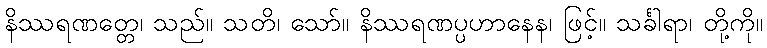
နိဿရဏတ္တေ၊ သည်။ သတိ၊ သော်။ နိဿရဏပ္ပဟာနေန၊ ဖြင့်။ သင်္ခါရာ၊ တို့ကို။